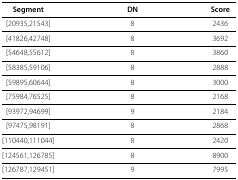
<table><thead><tr><td><b>Segment</b></td><td><b>DN</b></td><td><b>Score</b></td></tr></thead><tbody><tr><td>[20935,21543]</td><td>8</td><td>2436</td></tr><tr><td>[41826,42748]</td><td>8</td><td>3692</td></tr><tr><td>[54648,55612]</td><td>8</td><td>3860</td></tr><tr><td>[58385,59106]</td><td>8</td><td>2888</td></tr><tr><td>[59895,60644]</td><td>8</td><td>3000</td></tr><tr><td>[75984,76525]</td><td>8</td><td>2168</td></tr><tr><td>[93972,94699]</td><td>9</td><td>2184</td></tr><tr><td>[97475,98191]</td><td>8</td><td>2868</td></tr><tr><td>[110440,111044]</td><td>8</td><td>2420</td></tr><tr><td>[124561,126785]</td><td>8</td><td>8900</td></tr><tr><td>[126787,129451]</td><td>9</td><td>7995</td></tr></tbody></table>